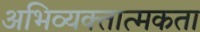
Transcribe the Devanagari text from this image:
अभिव्यक्तात्मकता